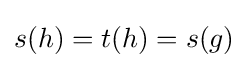
s(h)=t(h)=s(g)